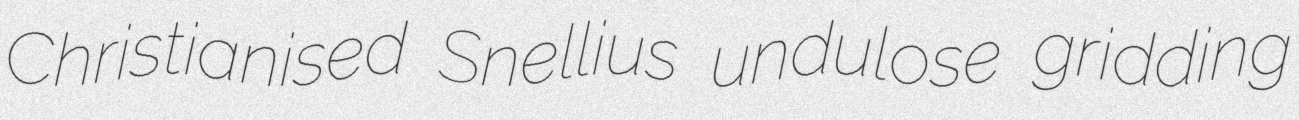
Christianised Snellius undulose gridding